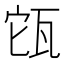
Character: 㼠